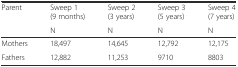
<table><thead><tr><td rowspan="2"><b>Parent</b></td><td><b>Sweep 1 (9 months)</b></td><td><b>Sweep 2 (3 years)</b></td><td><b>Sweep 3 (5 years)</b></td><td><b>Sweep 4 (7 years)</b></td></tr><tr><td><b>N</b></td><td><b>N</b></td><td><b>N</b></td><td><b>N</b></td></tr></thead><tbody><tr><td>Mothers</td><td>18,497</td><td>14,645</td><td>12,792</td><td>12,175</td></tr><tr><td>Fathers</td><td>12,882</td><td>11,253</td><td>9710</td><td>8803</td></tr></tbody></table>